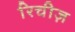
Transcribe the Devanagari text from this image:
रिचीज़